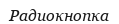
Радиокнопка